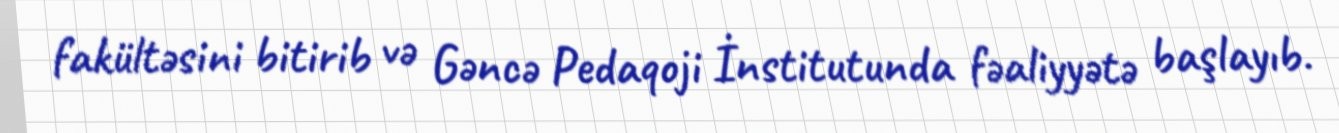
fakültəsini bitirib və Gəncə Pedaqoji İnstitutunda fəaliyyətə başlayıb.